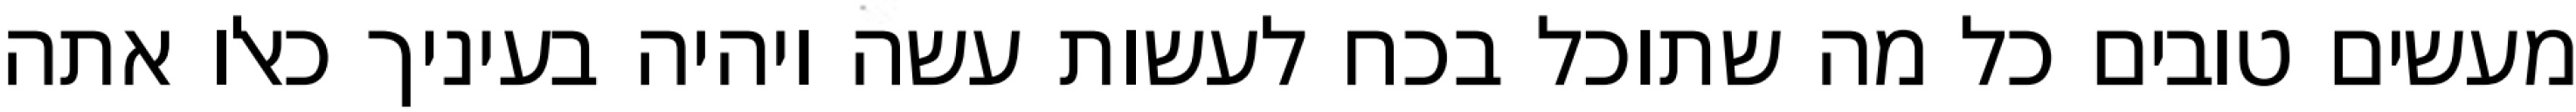
מעשים טובים כל מה שתוכל בכח לעשות עשה ויהיה בעיניך כאלו אתה